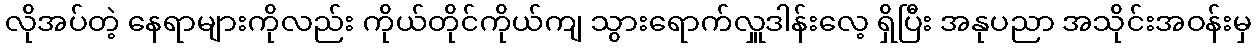
လိုအပ်တဲ့ နေရာများကိုလည်း ကိုယ်တိုင်ကိုယ်ကျ သွားရောက်လှူဒါန်းလေ့ ရှိပြီး အနုပညာ အသိုင်းအဝန်းမှ